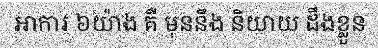
អាការ ៦យ៉ាង គឺ មុននឹង និយាយ ដឹងខ្លួន